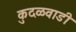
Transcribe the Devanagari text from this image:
कुदळवाडी